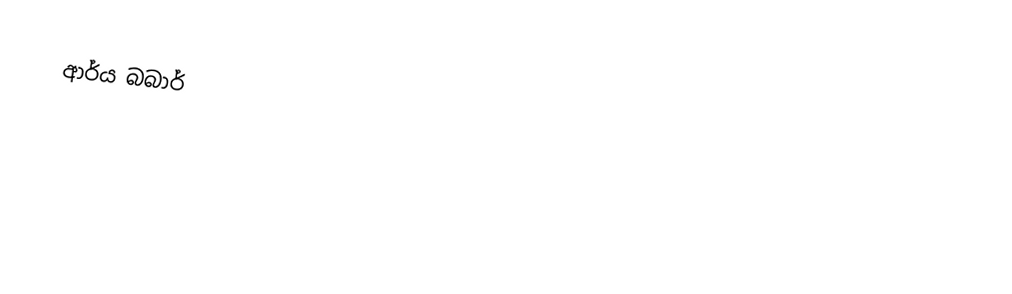
ආර්ය බබාර්